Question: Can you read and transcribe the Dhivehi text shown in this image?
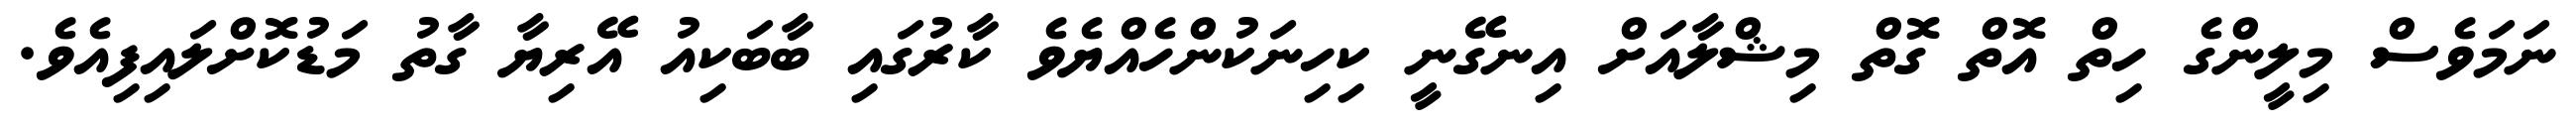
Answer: ނަމަވެސް މިލީންގެ ހިތް އޮތް ގޮތް މިޝްލާއަށް އިނގޭނީ ކިހިނަކުންހެއްޔެވެ ކާރުގައި ބާބަކިއު އޭރިޔާ ގާތު މަޑުކޮށްލައިފިއެވެ.